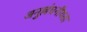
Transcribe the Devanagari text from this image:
अनुल्लंघनीयता